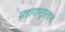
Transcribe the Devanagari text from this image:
महाराष्ट्रालाच